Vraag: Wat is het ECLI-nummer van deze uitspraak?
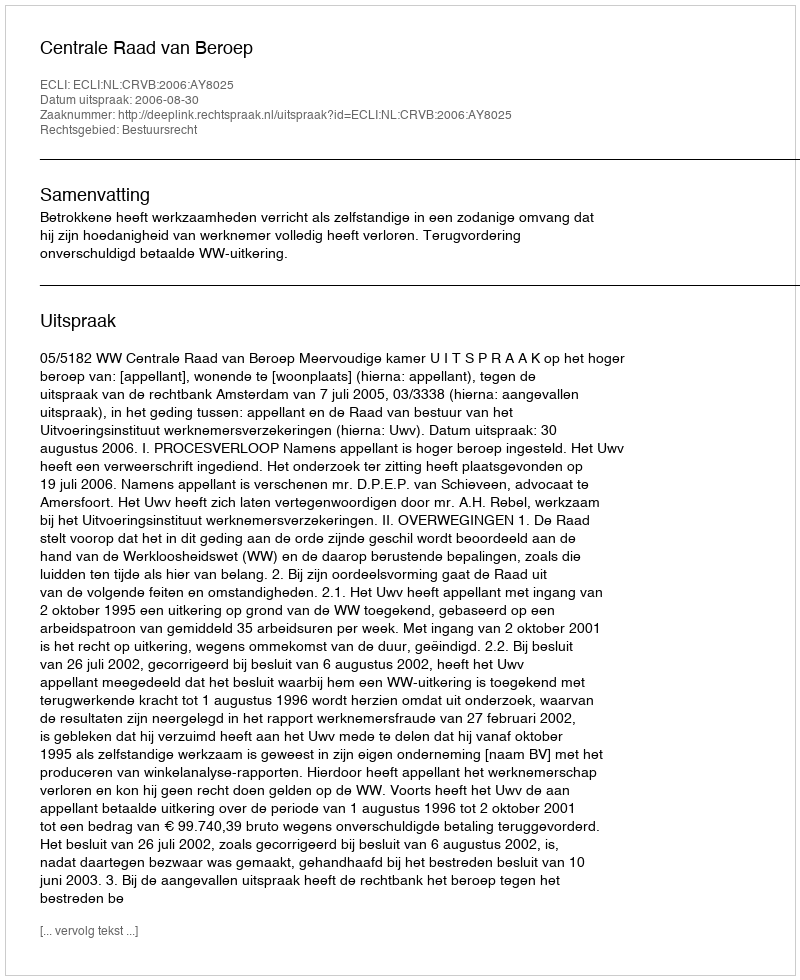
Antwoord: ECLI:NL:CRVB:2006:AY8025